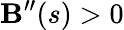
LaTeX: \mathbf{B}^{\prime\prime}(s)>0